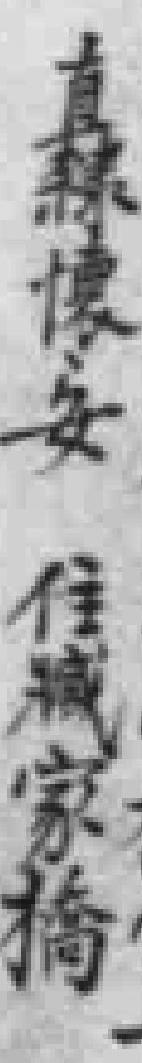
直隸懷安住臧家橋